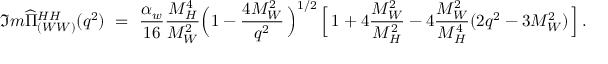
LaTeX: \Im m \widehat { \Pi } _ { ( W W ) } ^ { H H } ( q ^ { 2 } ) \ = \ \frac { \alpha _ { w } } { 1 6 } \frac { M _ { H } ^ { 4 } } { M _ { W } ^ { 2 } } \Big ( 1 - \frac { 4 M _ { W } ^ { 2 } } { q ^ { 2 } } \, \Big ) ^ { 1 / 2 } \, \Big [ \, 1 + 4 \frac { M _ { W } ^ { 2 } } { M _ { H } ^ { 2 } } - 4 \frac { M _ { W } ^ { 2 } } { M _ { H } ^ { 4 } } ( 2 q ^ { 2 } - 3 M _ { W } ^ { 2 } ) \, \Big ] \, .